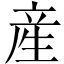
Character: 産